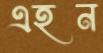
এহন